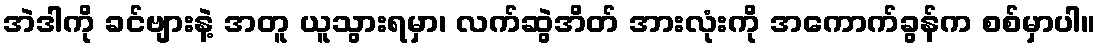
အဲဒါကို ခင်ဗျားနဲ့ အတူ ယူသွားရမှာ၊ လက်ဆွဲအိတ် အားလုံးကို အကောက်ခွန်က စစ်မှာပါ။